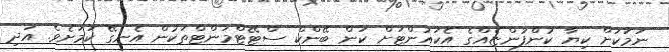
ނަމަކަށް ކިޔާ ކުންފުންޏެއްގެ އެކައުންޓަށް ކަން ބޭންކް ސްޓޭޓްމަންޓްތަކުން އެނގޭ ކަމަށެވެ. އަދި